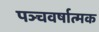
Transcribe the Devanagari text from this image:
पञ्चवर्षात्मक